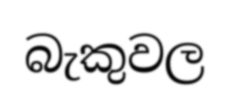
බැකුවල